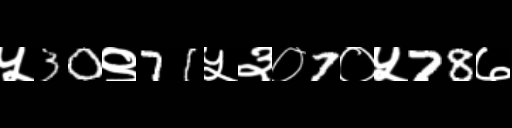
Text: ५30९71५३०7०५78७